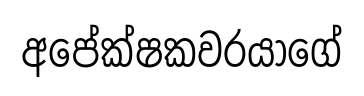
අපේක්ෂකවරයාගේ